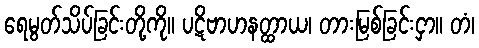
ရေမွတ်သိပ်ခြင်းတို့ကို။ ပဋိဗာဟနတ္ထာယ၊ တားမြစ်ခြင်းငှာ။ တံ၊